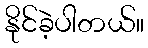
နိုင်ခဲ့ပါတယ်။